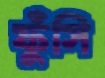
ফুঁসি